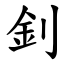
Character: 釗